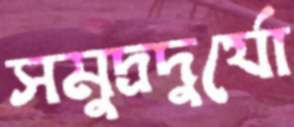
সমুদ্রদুর্যো